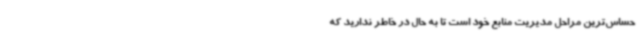
حساس‌ترین مراحل مدیریت منابع خود است تا به حال در خاطر ندارید که